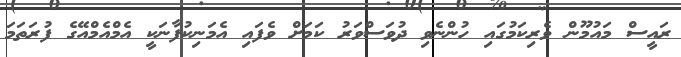
ރައީސް މައުމޫން ވެރިކަމުގައި ހުންނެވި ދުވަސްވަރު ކަމަށް ވެފައި އެމަނިކުފާނަކީ އެމްއެމްއޭގެ ފުރަތަމަ